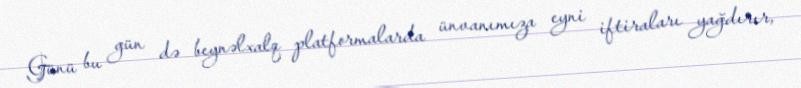
Günü bu gün də beynəlxalq platformalarda ünvanımıza eyni iftiraları yağdırır,